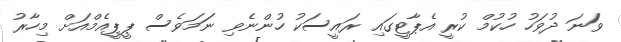
ވަަނަ ދުވަހު ހުކުމް ކުރީ އެޕާޓީގައި ރައީސަކު ހުންނެވި ނަަމަވެސް ޕީޕީއެމްއަށް މިހާރު